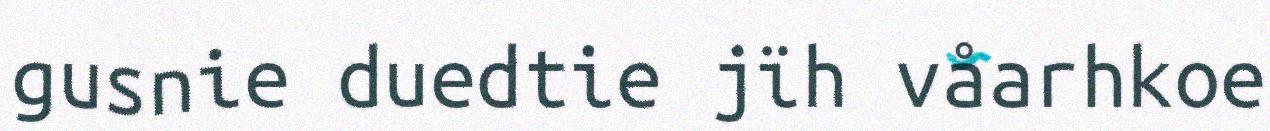
gusnie duedtie jïh våarhkoe